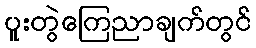
ပူးတွဲကြေညာချက်တွင်